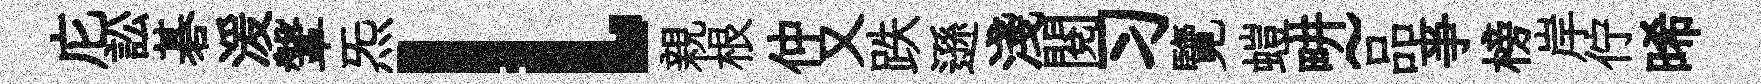
庀訟碁湲鞶炁l親根仲又跌遜淺閲习覽螘畊~品亊榜岸佇晞